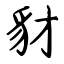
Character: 豺